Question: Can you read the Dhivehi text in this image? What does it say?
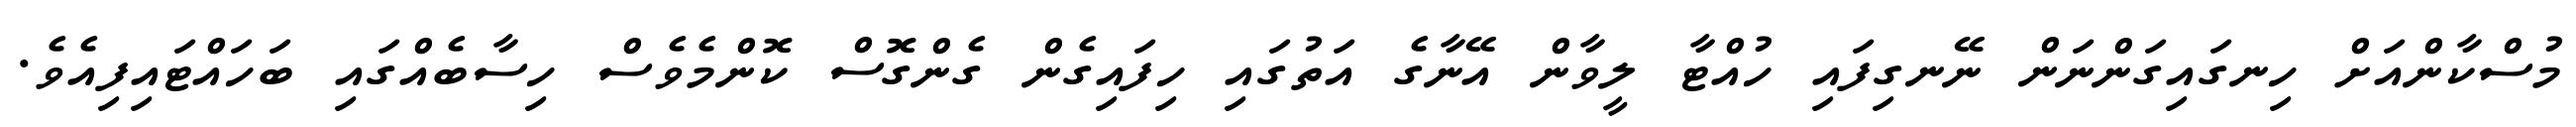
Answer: މުސްކާންއަށް ހިނގައިގަންނަން ނޭނގިފައި ހުއްޓާ ލީވާން އޭނާގެ އަތުގައި ހިފައިގެން ގެންގޮސް ކޮންމެވެސް ހިސާބެއްގައި ބަހައްޓައިފިއެވެ.